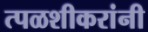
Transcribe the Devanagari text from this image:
त्पळशीकरांनी